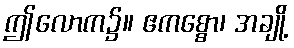
ဤလောက၌။ ဧကစ္စော၊ အချို့